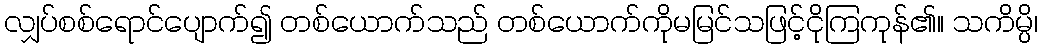
လျှပ်စစ်ရောင်ပျောက်၍ တစ်ယောက်သည် တစ်ယောက်ကိုမမြင်သဖြင့်ငိုကြကုန်၏။ သကိမ္ပိ၊